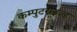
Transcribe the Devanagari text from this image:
कम्पुटराइज्ड